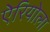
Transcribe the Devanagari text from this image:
ऐरियोला